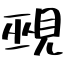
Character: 覡